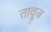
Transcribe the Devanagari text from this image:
तावूज